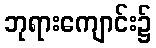
ဘုရားကျောင်း၌